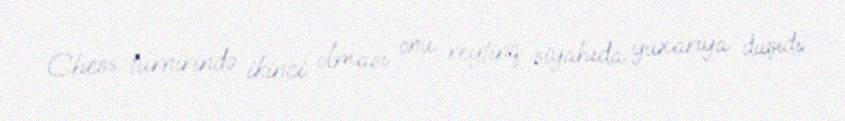
Chess turnirində ikinci olması onu reytinq siyahıda yuxarıya daşıdı.